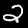
Digit: 2